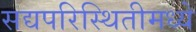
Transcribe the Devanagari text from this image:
सद्यपरिस्थितीमध्ये